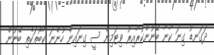
ދަގަނޑު ގިނަ ކާނާ ބޭނުންކުރާއިރު ވިޓަމިން ސީ ގިނައިން ހުންނަ ކާބޯތަކެތި ބޭނުން